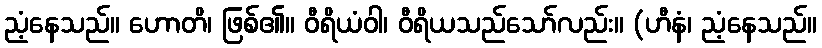
ညံ့နေသည်။ ဟောတိ၊ ဖြစ်၏။ ဝီရိယံဝါ၊ ဝီရိယသည်သော်လည်း။ (ဟီနံ၊ ညံ့နေသည်။